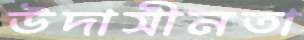
উদাসীনতা